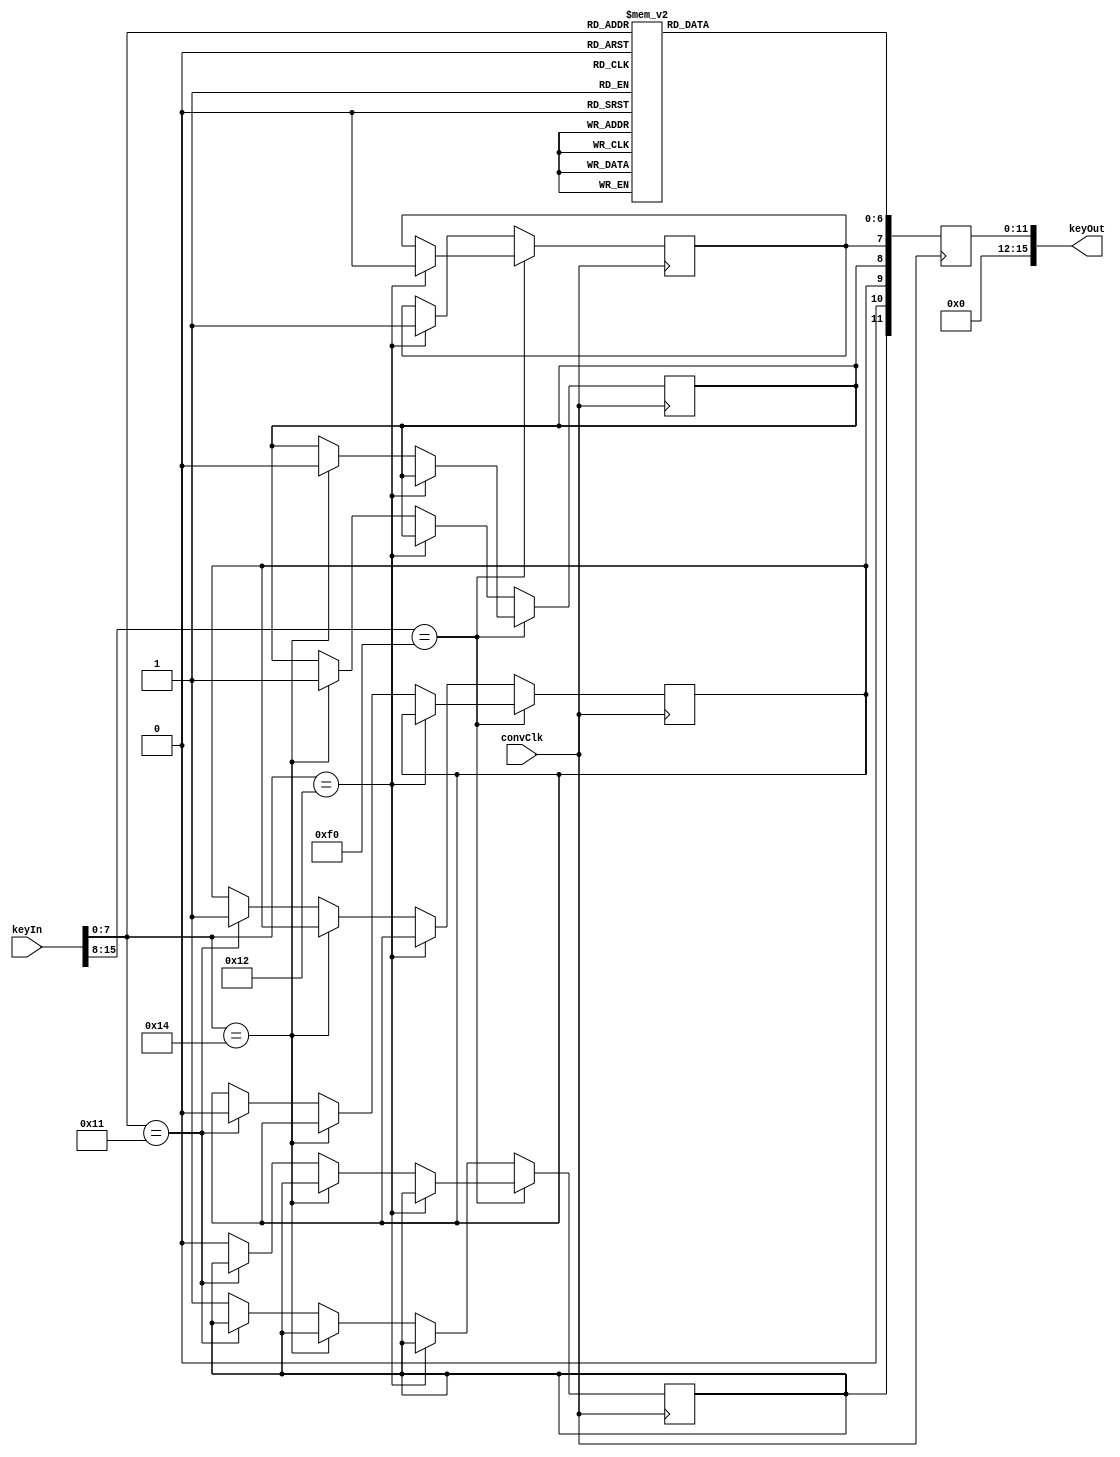
`timescale 1ns / 1ps
//////////////////////////////////////////////////////////////////////////////////
// Company: 
// Engineer: 
// 
// Design Name: 
// Module Name: SyzKeycodeCoverter
// Project Name: 
// Target Devices: 
// Tool Versions: 
// Description: 
// 
// Dependencies: 
// 
// Revision:
// Revision 0.01 - File Created
// Additional Comments:
// 
//////////////////////////////////////////////////////////////////////////////////


module SyzKeycodeConverter(
    input convClk,
    input [15:0] keyIn,
    output reg [15:0] keyOut = 16'h0000
  );
  
  // How many keys to keep a history of (stk[0] is always 0x00 to prevent errors)
  parameter STACK_SIZE = 4;
  
  // Protocol codes
  parameter KEYCODE_RELEASE = 8'hf0;
  
  // Control Keys
  parameter KEYCODE_ESC = 8'h76;
  parameter KEYCODE_F1 = 8'h05;
  parameter KEYCODE_F2 = 8'h06;
  parameter KEYCODE_F3 = 8'h04;
  parameter KEYCODE_F4 = 8'h0c;
  parameter KEYCODE_F5 = 8'h03;
  parameter KEYCODE_F6 = 8'h0b;
  parameter KEYCODE_F7 = 8'h83;
  parameter KEYCODE_F8 = 8'h0a;
  parameter KEYCODE_F9 = 8'h01;
  parameter KEYCODE_F10 = 8'h09;
  parameter KEYCODE_F11 = 8'h78;
  parameter KEYCODE_F12 = 8'h07;
  parameter KEYCODE_RETURN = 8'h5a;
  parameter KEYCODE_BACKSPACE = 8'h66;
  parameter KEYCODE_CAPSLOCK = 8'h58;
  parameter KEYCODE_NUMLOCK = 8'h77;        // TODO: Find a different use for this
  parameter KEYCODE_SCRLOCK = 8'h7e;        // TODO: Find a different use for this
  
  // Number pad keys (used for control instead)
  parameter KEYCODE_NUM0 = 8'h70;           // Insert
  parameter KEYCODE_NUM1 = 8'h69;           // End
  parameter KEYCODE_NUM2 = 8'h72;           // Down arrow
  parameter KEYCODE_NUM3 = 8'h7a;           // Page down
  parameter KEYCODE_NUM4 = 8'h6b;           // Left arrow
  parameter KEYCODE_NUM5 = 8'h73;           // TODO: Find a use for this one.
  parameter KEYCODE_NUM6 = 8'h74;           // Right arrow
  parameter KEYCODE_NUM7 = 8'h6c;           // Home
  parameter KEYCODE_NUM8 = 8'h75;           // Up arrow
  parameter KEYCODE_NUM9 = 8'h7d;           // Page up
  parameter KEYCODE_NUMDEC = 8'h71;         // Delete
  
  // Modifier Keys
  parameter KEYCODE_SHIFT = 8'h12;
  parameter KEYCODE_ALT = 8'h11;
  parameter KEYCODE_CTRL = 8'h14;
  
  // Letters
  parameter KEYCODE_A = 8'h1c;
  parameter KEYCODE_B = 8'h32;
  parameter KEYCODE_C = 8'h21;
  parameter KEYCODE_D = 8'h23;
  parameter KEYCODE_E = 8'h24;
  parameter KEYCODE_F = 8'h2b;
  parameter KEYCODE_G = 8'h34;
  parameter KEYCODE_H = 8'h33;
  parameter KEYCODE_I = 8'h43;
  parameter KEYCODE_J = 8'h3b;
  parameter KEYCODE_K = 8'h42;
  parameter KEYCODE_L = 8'h4b;
  parameter KEYCODE_M = 8'h3a;
  parameter KEYCODE_N = 8'h31;
  parameter KEYCODE_O = 8'h44;
  parameter KEYCODE_P = 8'h4d;
  parameter KEYCODE_Q = 8'h15;
  parameter KEYCODE_R = 8'h2d;
  parameter KEYCODE_S = 8'h1b;
  parameter KEYCODE_T = 8'h2c;
  parameter KEYCODE_U = 8'h3c;
  parameter KEYCODE_V = 8'h2a;
  parameter KEYCODE_W = 8'h1d;
  parameter KEYCODE_X = 8'h22;
  parameter KEYCODE_Y = 8'h35;
  parameter KEYCODE_Z = 8'h1a;
  
  // Numbers
  parameter KEYCODE_0 = 8'h45;
  parameter KEYCODE_1 = 8'h16;
  parameter KEYCODE_2 = 8'h1e;
  parameter KEYCODE_3 = 8'h26;
  parameter KEYCODE_4 = 8'h25;
  parameter KEYCODE_5 = 8'h2e;
  parameter KEYCODE_6 = 8'h36;
  parameter KEYCODE_7 = 8'h3d;
  parameter KEYCODE_8 = 8'h3e;
  parameter KEYCODE_9 = 8'h46;
  
  // Symbols
  parameter KEYCODE_GRAVE = 8'h0e;
  parameter KEYCODE_HYPHEN = 8'h4e;
  parameter KEYCODE_EQUALS = 8'h55;
  parameter KEYCODE_LBRAC = 8'h54;
  parameter KEYCODE_RBRAC = 8'h5b;
  parameter KEYCODE_BSLASH = 8'h5d;
  parameter KEYCODE_SEMIC = 8'h4c;
  parameter KEYCODE_QUOTE = 8'h52;
  parameter KEYCODE_COMMA = 8'h41;
  parameter KEYCODE_PERIOD = 8'h49;
  parameter KEYCODE_SLASH = 8'h4a;
  
  // Miscellaneous keys
  parameter KEYCODE_SPACE = 8'h29;
  parameter KEYCODE_TAB = 8'h0d;

  // SYZ Keycode format: 
  //   0000 hacs kkkk kkkk
  //     a: Flag whether ALT is held down (0 = released, 1 = held)
  //     c: Whether CTRL is held down
  //     s: Whether SHIFT is held down
  //     h: Whether the key itself is held down
  //     k: Normalized keycode (because the standard one makes no sense)
  reg shiftHeld = 1'b0;
  reg altHeld = 1'b0;
  reg ctrlHeld = 1'b0;
  reg keyHeld = 1'b0;
  
  always @ (posedge convClk) begin
  
    // Key released
    if(keyIn[15:8] == KEYCODE_RELEASE) begin
      
      // Switch off modifier flags
      if(keyIn[7:0] == KEYCODE_SHIFT) shiftHeld <= 1'b0;
      else if(keyIn[7:0] == KEYCODE_CTRL) ctrlHeld <= 1'b0;
      else if(keyIn[7:0] == KEYCODE_ALT) altHeld <= 1'b0;
      else keyHeld <= 1'b0; 
      
    // Key pressed
    end else begin

        // Switch on key state flags
        if(keyIn[7:0] == KEYCODE_SHIFT) shiftHeld <= 1'b1;
        else if(keyIn[7:0] == KEYCODE_CTRL) ctrlHeld <= 1'b1;
        else if(keyIn[7:0] == KEYCODE_ALT) altHeld <= 1'b1;
        else keyHeld <= 1'b1;
        
    end
    
    // Convert PS/2 code to SYZ code
    case(keyIn[7:0])
      KEYCODE_ESC: keyOut[6:0] = 8'h01;
      KEYCODE_F1: keyOut[6:0] = 8'h02;
      KEYCODE_F2: keyOut[6:0] = 8'h03;
      KEYCODE_F3: keyOut[6:0] = 8'h04;
      KEYCODE_F4: keyOut[6:0] = 8'h05;
      KEYCODE_F5: keyOut[6:0] = 8'h06;
      KEYCODE_F6: keyOut[6:0] = 8'h07;
      KEYCODE_F7: keyOut[6:0] = 8'h08;
      KEYCODE_F8: keyOut[6:0] = 8'h09;
      KEYCODE_F9: keyOut[6:0] = 8'h0a;
      KEYCODE_F10: keyOut[6:0] = 8'h0b;
      KEYCODE_F11: keyOut[6:0] = 8'h0c;
      KEYCODE_F12: keyOut[6:0] = 8'h0d;
      KEYCODE_RETURN: keyOut[6:0] = 8'h0e;
      KEYCODE_BACKSPACE: keyOut[6:0] = 8'h0f;
      KEYCODE_CAPSLOCK: keyOut[6:0] = 8'h10;
      KEYCODE_NUMLOCK: keyOut[6:0] = 8'h11;
      KEYCODE_SCRLOCK: keyOut[6:0] = 8'h12;
      KEYCODE_NUM0: keyOut[6:0] = 8'h13;
      KEYCODE_NUM1: keyOut[6:0] = 8'h14;
      KEYCODE_NUM2: keyOut[6:0] = 8'h15;
      KEYCODE_NUM3: keyOut[6:0] = 8'h16;
      KEYCODE_NUM4: keyOut[6:0] = 8'h17;
      KEYCODE_NUM5: keyOut[6:0] = 8'h18;
      KEYCODE_NUM6: keyOut[6:0] = 8'h19;
      KEYCODE_NUM7: keyOut[6:0] = 8'h1a;
      KEYCODE_NUM8: keyOut[6:0] = 8'h1b;
      KEYCODE_NUM9: keyOut[6:0] = 8'h1c;
      KEYCODE_NUMDEC: keyOut[6:0] = 8'h1d;
      KEYCODE_TAB: keyOut[6:0] = 8'h1e;
      KEYCODE_A: keyOut[6:0] = 8'h20;
      KEYCODE_B: keyOut[6:0] = 8'h21;
      KEYCODE_C: keyOut[6:0] = 8'h22;
      KEYCODE_D: keyOut[6:0] = 8'h23;
      KEYCODE_E: keyOut[6:0] = 8'h24;
      KEYCODE_F: keyOut[6:0] = 8'h25;
      KEYCODE_G: keyOut[6:0] = 8'h26;
      KEYCODE_H: keyOut[6:0] = 8'h27;
      KEYCODE_I: keyOut[6:0] = 8'h28;
      KEYCODE_J: keyOut[6:0] = 8'h29;
      KEYCODE_K: keyOut[6:0] = 8'h2a;
      KEYCODE_L: keyOut[6:0] = 8'h2b;
      KEYCODE_M: keyOut[6:0] = 8'h2c;
      KEYCODE_N: keyOut[6:0] = 8'h2d;
      KEYCODE_O: keyOut[6:0] = 8'h2e;
      KEYCODE_P: keyOut[6:0] = 8'h2f;
      KEYCODE_Q: keyOut[6:0] = 8'h30;
      KEYCODE_R: keyOut[6:0] = 8'h31;
      KEYCODE_S: keyOut[6:0] = 8'h32;
      KEYCODE_T: keyOut[6:0] = 8'h33;
      KEYCODE_U: keyOut[6:0] = 8'h34;
      KEYCODE_V: keyOut[6:0] = 8'h35;
      KEYCODE_W: keyOut[6:0] = 8'h36;
      KEYCODE_X: keyOut[6:0] = 8'h37;
      KEYCODE_Y: keyOut[6:0] = 8'h38;
      KEYCODE_Z: keyOut[6:0] = 8'h39;
      KEYCODE_GRAVE: keyOut[6:0] = 8'h3a;
      KEYCODE_HYPHEN: keyOut[6:0] = 8'h3b;
      KEYCODE_EQUALS: keyOut[6:0] = 8'h3c;
      KEYCODE_LBRAC: keyOut[6:0] = 8'h3d;
      KEYCODE_RBRAC: keyOut[6:0] = 8'h3e;
      KEYCODE_BSLASH: keyOut[6:0] = 8'h3f;
      KEYCODE_0: keyOut[6:0] = 8'h40;
      KEYCODE_1: keyOut[6:0] = 8'h41;
      KEYCODE_2: keyOut[6:0] = 8'h42;
      KEYCODE_3: keyOut[6:0] = 8'h43;
      KEYCODE_4: keyOut[6:0] = 8'h44;
      KEYCODE_5: keyOut[6:0] = 8'h45;
      KEYCODE_6: keyOut[6:0] = 8'h46;
      KEYCODE_7: keyOut[6:0] = 8'h46;
      KEYCODE_8: keyOut[6:0] = 8'h47;
      KEYCODE_9: keyOut[6:0] = 8'h48;
      KEYCODE_SEMIC: keyOut[6:0] = 8'h49;
      KEYCODE_QUOTE: keyOut[6:0] = 8'h4a;
      KEYCODE_COMMA: keyOut[6:0] = 8'h4b;
      KEYCODE_PERIOD: keyOut[6:0] = 8'h4c;
      KEYCODE_SLASH: keyOut[6:0] = 8'h4d;
      KEYCODE_SPACE: keyOut[6:0] = 8'h4e;
      default: keyOut[6:0] = 8'h00;
    endcase
    
    keyOut[11:7] <= {keyHeld, 1'b0, altHeld, ctrlHeld, shiftHeld};
  end
  
endmodule